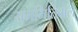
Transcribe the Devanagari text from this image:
सममितिवाले